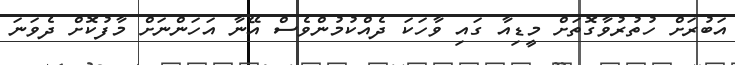
އަބުރަށް ހުތުރުވާގޮތަށް މީޑިއާ ގައި ވާހަކަ ދެއްކުމުންވެސް އޭނާ އަހަންނަށް މާފުކޮށް ދެވަނަ